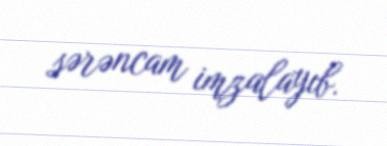
sərəncam imzalayıb.